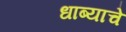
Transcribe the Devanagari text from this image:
धाब्याचे